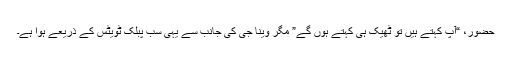
حضور، “آپ کہتے ہیں تو ٹھیک ہی کہتے ہوں گے” مگر وینا جی کی جانب سے یہی سب پبلک ٹویٹس کے ذریعے ہوا ہے۔